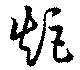
矩